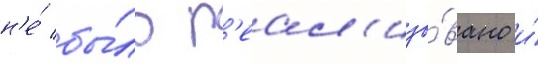
н'е́ бы́ло р'еал'изо́вано и́